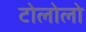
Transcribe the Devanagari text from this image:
टोलोलो